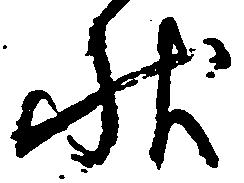
状